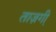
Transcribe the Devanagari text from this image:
ताज़गी़